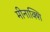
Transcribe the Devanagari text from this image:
मीनाक्शि